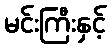
မင်းကြီးနှင့်